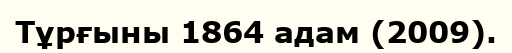
Тұрғыны 1864 адам (2009).